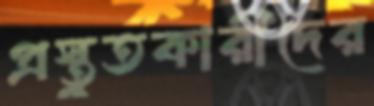
প্রস্তুতকারীদের